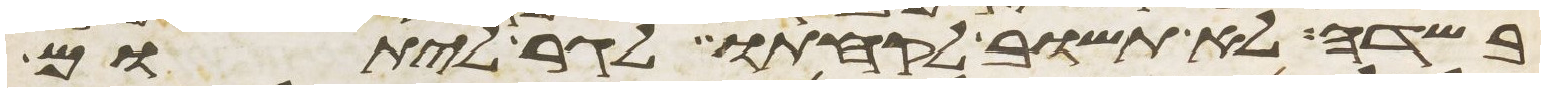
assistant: בשדה לא תשוב לקחתו לגר ליתום